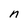
Character: n